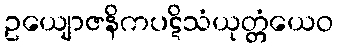
ဥယျောဇနိကပဋိသံယုတ္တံယေဝ